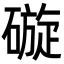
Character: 䃠